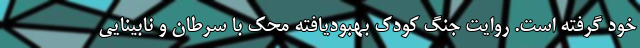
خود گرفته است. روایت جنگ کودک بهبودیافته محک با سرطان و نابینایی